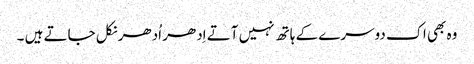
وہ بھی اک دوسرے کے ہاتھ نہیں آتے اِدھر اُدھر نکل جاتے ہیں ۔